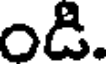
ది.